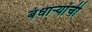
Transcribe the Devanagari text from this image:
बंधाऱ्यांची